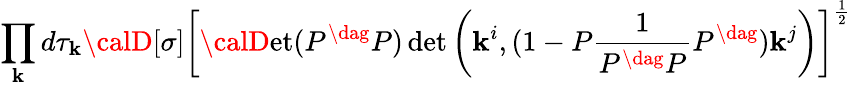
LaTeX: \displaystyle\prod_{\mathbf{k}}d\tau_{\mathbf{k}}{\calD}[\sigma]\left[{\calD}\mathrm{{et}}(P^{\dag}P)\operatorname*{det}\left(\mathbf{k}^{i},(1-P\frac{{1}}{{P^{\dag}P}}P^{\dag})\mathbf{k}^{j}\right)\right]^{\frac{{1}}{{2}}}